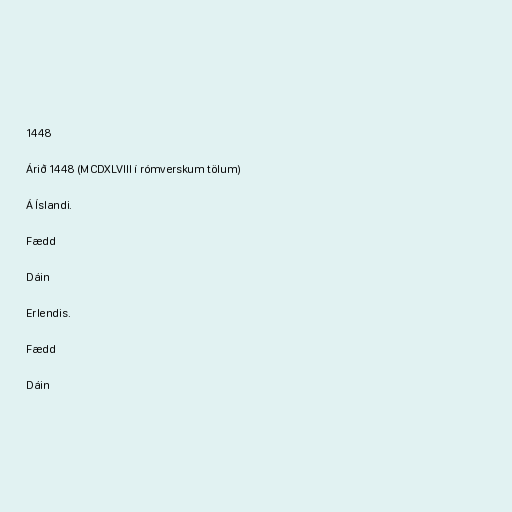
1448

Árið 1448 (MCDXLVIII í rómverskum tölum)

Á Íslandi.

Fædd

Dáin

Erlendis.

Fædd

Dáin